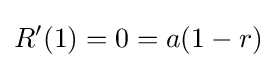
R'(1)=0=a(1-r)